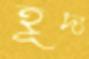
হূদ্য